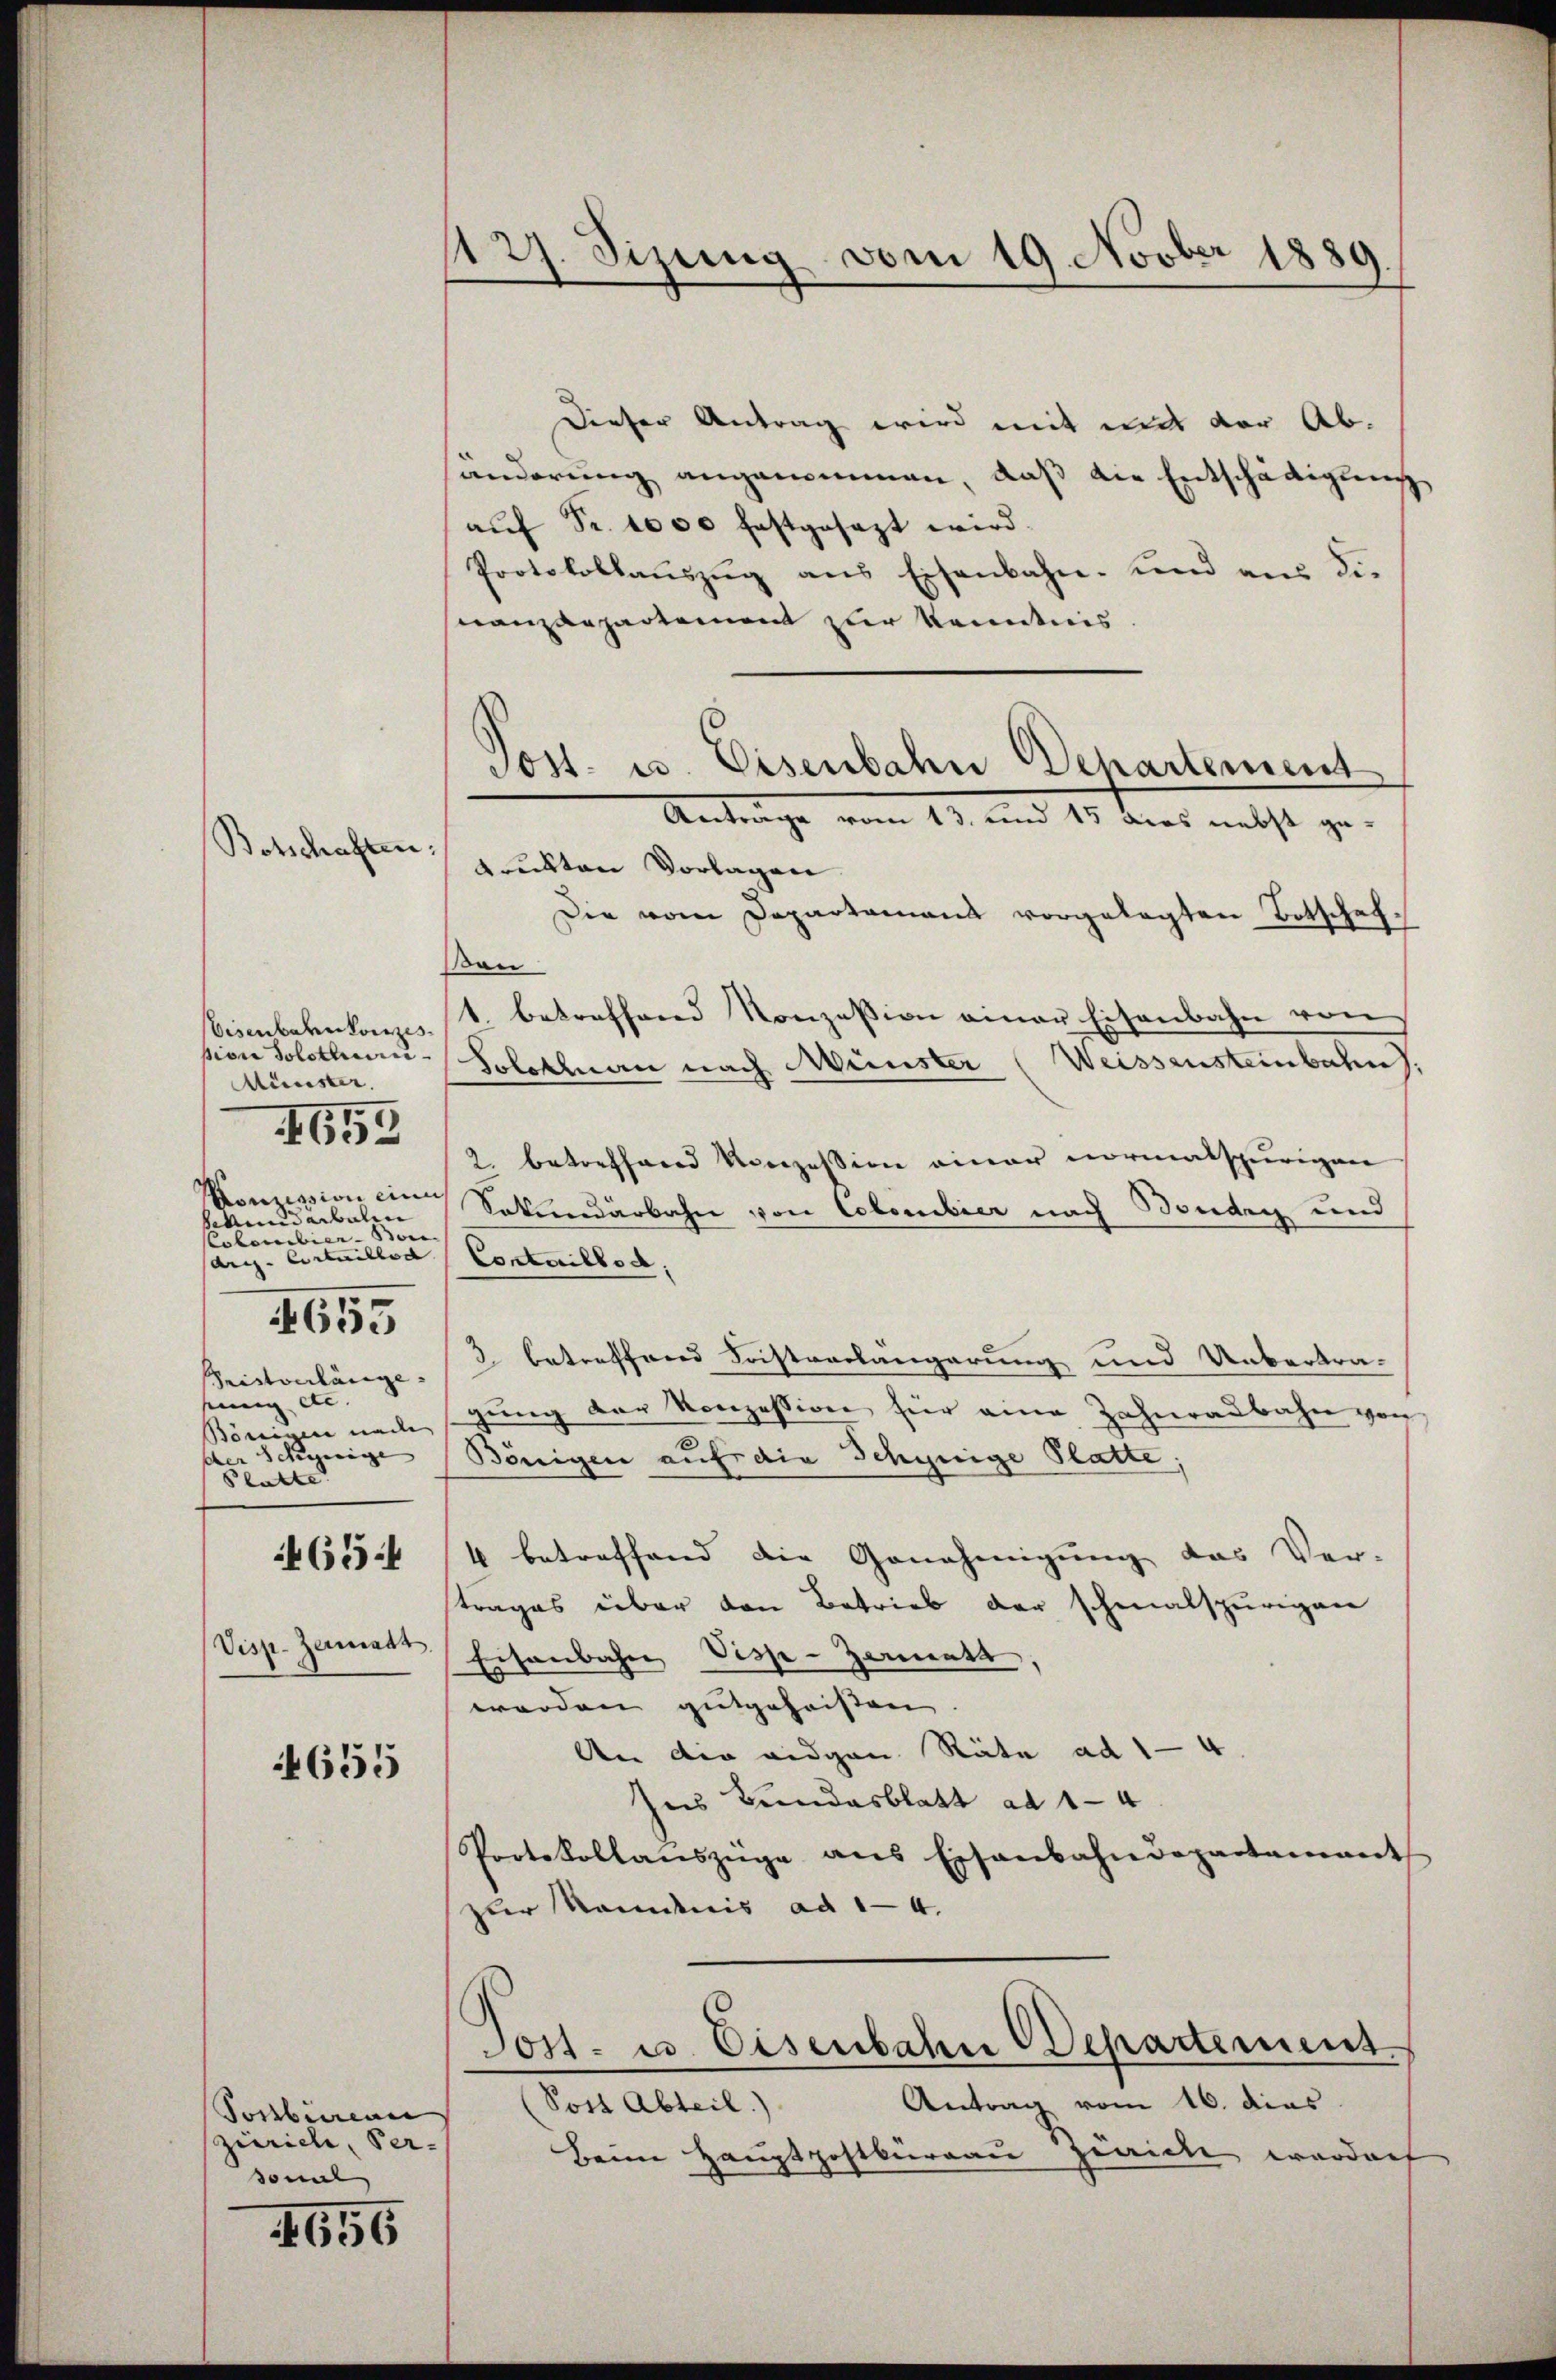
Botschaften:

Eisenbahnkonzes
sion Solothu
Münster.
Konzession eine
srund aibalen
Colemibier-Bann
ar-Corteilbed
Bristverlänge
seiung de
Bönigen und |
scher sehr eige |
Blatte |
4654
Visp. Zeimatt,

I652

655

655

Ponbiren
zürich, Ver-
sonal

4656

1127. Sizung vom 19. Novber 1889

Dieser Antrag wird mit mit der Abhänderung angenommen, daß die Entschädigung
aŭf Fr. 1000 festgesezt wird.
Protokollaŭszŭg ans Eisenbahn- und aus die
Mnanzdepartement zur Kenntnis
Anträge vom 13. und 15 dies nebst gedruckten Vorlagen
Die vom Departamens vorgelegten Botschafau
1. betreffend Konzession einer Eisenbahn von
Solothurn nach Münster (Weissensteinbahn.
2. betreffend Konzession einer normalspurigen
Sakundarbahn von Colombier nach Boudry und
Contaillod
3 betreffend Fristverlängerung und Uebertra-
gŭng der Konzession für eine Zahnraŭbahn von
Bönigen auf die Schynige Platte;
4 betreffend die Genehmigung das Ver-
trages über den Betrieb der schmalspurigen
Eisenbahne Visse-Zermatt,
worden gutgeheisten
An die eidgen Räte ad 1-4.
Ins Bundesblatt ad 14
Protokollanszüge ans Eisenbahndepartement
zur Kenntnis ad 1-4.
Post- u. Eisenbahn Departement.
Antrag vom 16. dies
(Post Abteil)
Beim Hauptpostburgau gewicken werden

Sost- u. Eisenbahn Departement